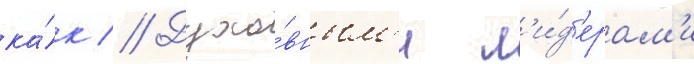
ка́к // Духо́вным'и л'и́д'ерам'и